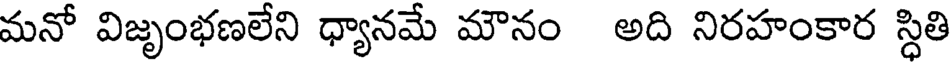
మనో విజృంభణలేని ధ్యానమే మౌనం అది నిరహంకార స్ధితి